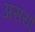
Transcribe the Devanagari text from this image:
असयो